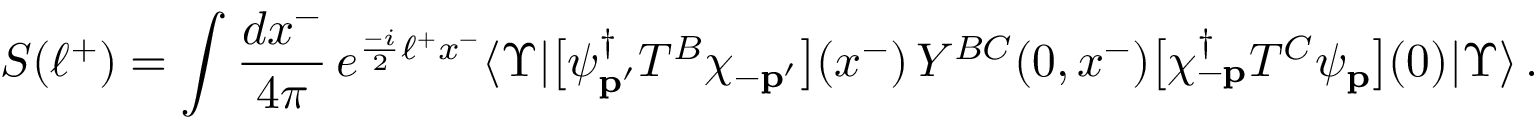
S ( \ell ^ { + } ) = \int \frac { d x ^ { - } } { 4 \pi } \, e ^ { \frac { - i } { 2 } \ell ^ { + } x ^ { - } } \langle \Upsilon | \big [ \psi _ { \bf p ^ { \prime } } ^ { \dagger } T ^ { B } \chi _ { - { \bf p ^ { \prime } } } \big ] ( x ^ { - } ) \, { \cal Y } ^ { B C } ( 0 , x ^ { - } ) \big [ \chi _ { - { \bf p } } ^ { \dagger } T ^ { C } \psi _ { \bf p } \big ] ( 0 ) | \Upsilon \rangle \, .